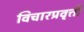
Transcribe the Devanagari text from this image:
विचारप्रवृत्ती